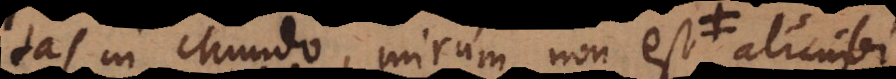
tas in Mundo, mirum non est alicubi